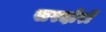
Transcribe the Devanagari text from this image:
सरदोरों